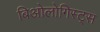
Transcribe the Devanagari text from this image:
बिओलोगिस्ट्स